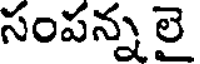
సంపన్న లై